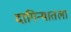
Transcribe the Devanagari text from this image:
दागिन्यातला